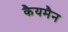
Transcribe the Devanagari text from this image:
कैयमैन